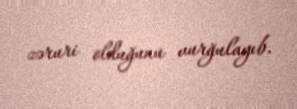
zəruri olduğunu vurğulayıb.